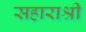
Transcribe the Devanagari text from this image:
सहाराश्री